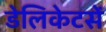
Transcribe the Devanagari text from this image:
डेलिकेटसें